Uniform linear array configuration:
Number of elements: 64
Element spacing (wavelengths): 0.5
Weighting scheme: hann
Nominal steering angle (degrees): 30
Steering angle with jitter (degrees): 29.2
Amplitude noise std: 0.05
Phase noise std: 0.05

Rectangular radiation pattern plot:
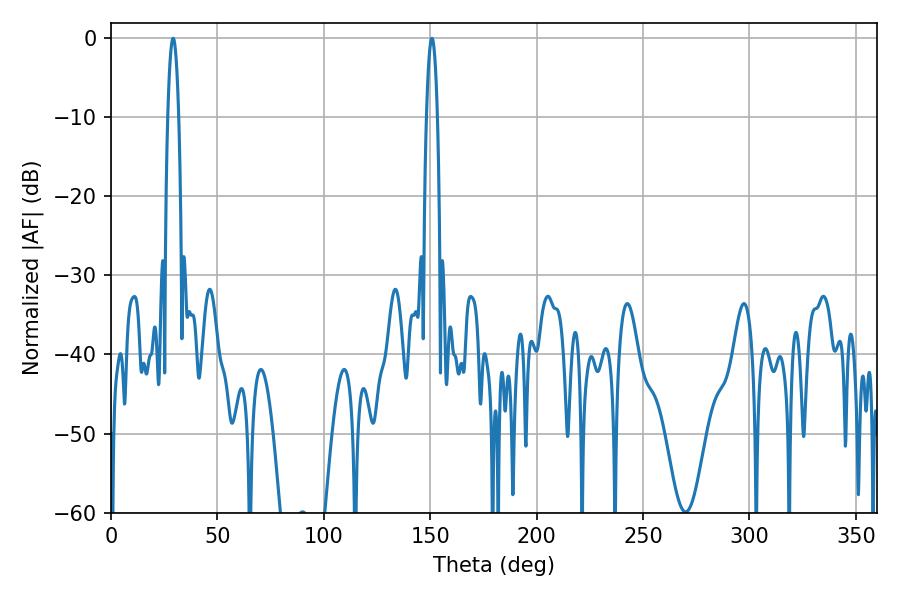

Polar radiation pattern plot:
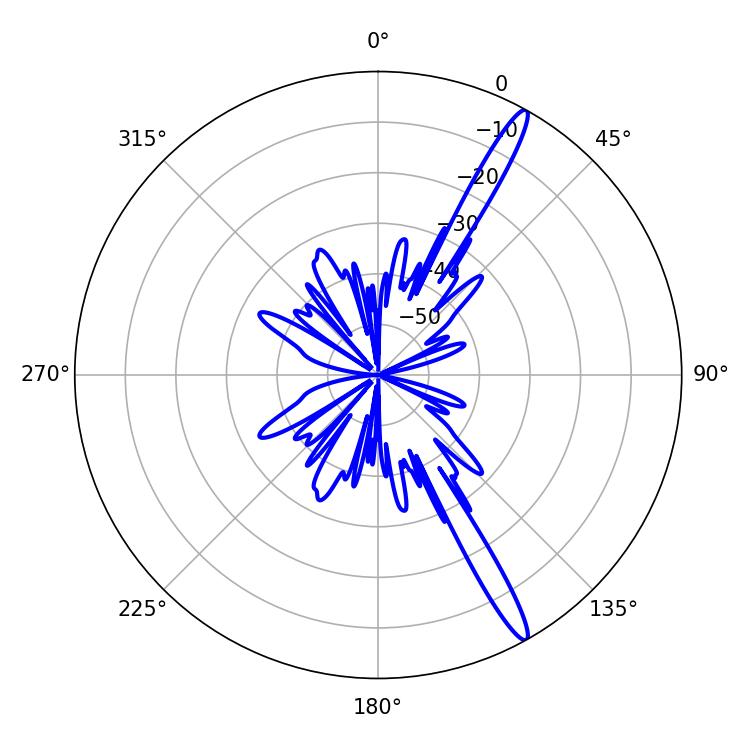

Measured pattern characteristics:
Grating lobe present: FALSE
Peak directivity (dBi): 15.791
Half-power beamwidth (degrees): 2.88
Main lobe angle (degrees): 29.16